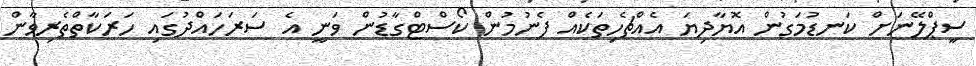
ސީޕްލޭނަށް ކަނޑުމަގުން އޮޔާދިޔަ އެއްޗެހިތަކެއް ފެނުމުން ކޯސްޓްގާޑުން ވަނީ އެ ސަރަހައްދުގައި ހަރަކާތްތެރިވާން